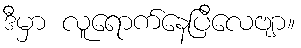
ဒီမှာ လူရောက်နေပြီလေဗျာ။